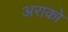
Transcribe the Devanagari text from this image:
अराको